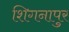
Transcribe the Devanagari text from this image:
शिगनापुर